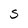
Character: S